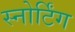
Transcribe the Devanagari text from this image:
स्नोर्टिंग